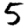
Digit: 5